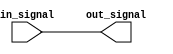
module buffer (
    input wire in_signal,
    output reg out_signal
);

assign out_signal = in_signal;

endmodule